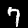
Label: 7